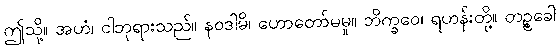
ဤသို့။ အဟံ၊ ငါဘုရားသည်။ နဝဒါမိ၊ ဟောတော်မမူ။ ဘိက္ခဝေ၊ ရဟန်းတို့။ တဉ္စခေါ